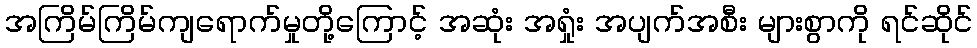
အကြိမ်ကြိမ်ကျရောက်မှုတို့ကြောင့် အဆုံး အရှုံး အပျက်အစီး များစွာကို ရင်ဆိုင်